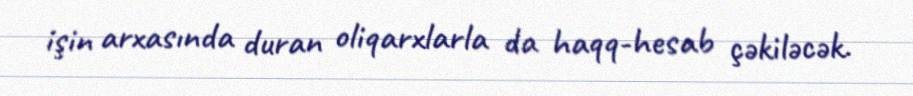
işin arxasında duran oliqarxlarla da haqq-hesab çəkiləcək.